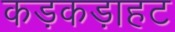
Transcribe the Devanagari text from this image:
कड़कड़ाहट